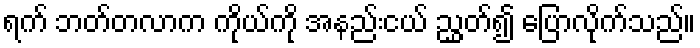
ရက် ဘတ်တလာက ကိုယ်ကို အနည်းငယ် ညွှတ်၍ ပြောလိုက်သည်။